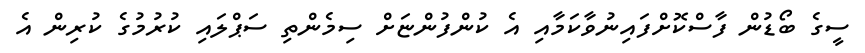
ސީގެ ބޯޑުން ފާސްކޮށްފައިނުވާކަމާއި އެ ކުންފުންޏަށް ސިމެންތި ސަޕްލައި ކުރުމުގެ ކުރިން އެ